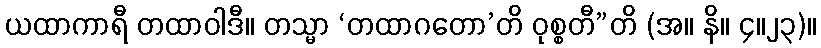
ယထာကာရီ တထာဝါဒီ။ တသ္မာ ‘တထာဂတော’တိ ဝုစ္စတီ”တိ (အ။ နိ။ ၄။၂၃)။